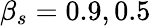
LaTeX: \beta_{s}=0.9,0.5